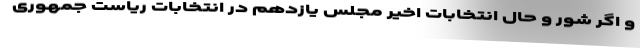
و اگر شور و حال انتخابات اخیر مجلس یازدهم در انتخابات ریاست جمهوری